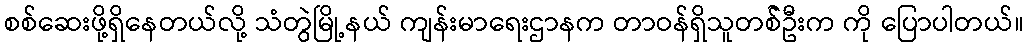
စစ်ဆေးဖို့ရှိနေတယ်လို့ သံတွဲမြို့နယ် ကျန်းမာရေးဌာနက တာဝန်ရှိသူတစ််ဦးက ကို ပြောပါတယ်။